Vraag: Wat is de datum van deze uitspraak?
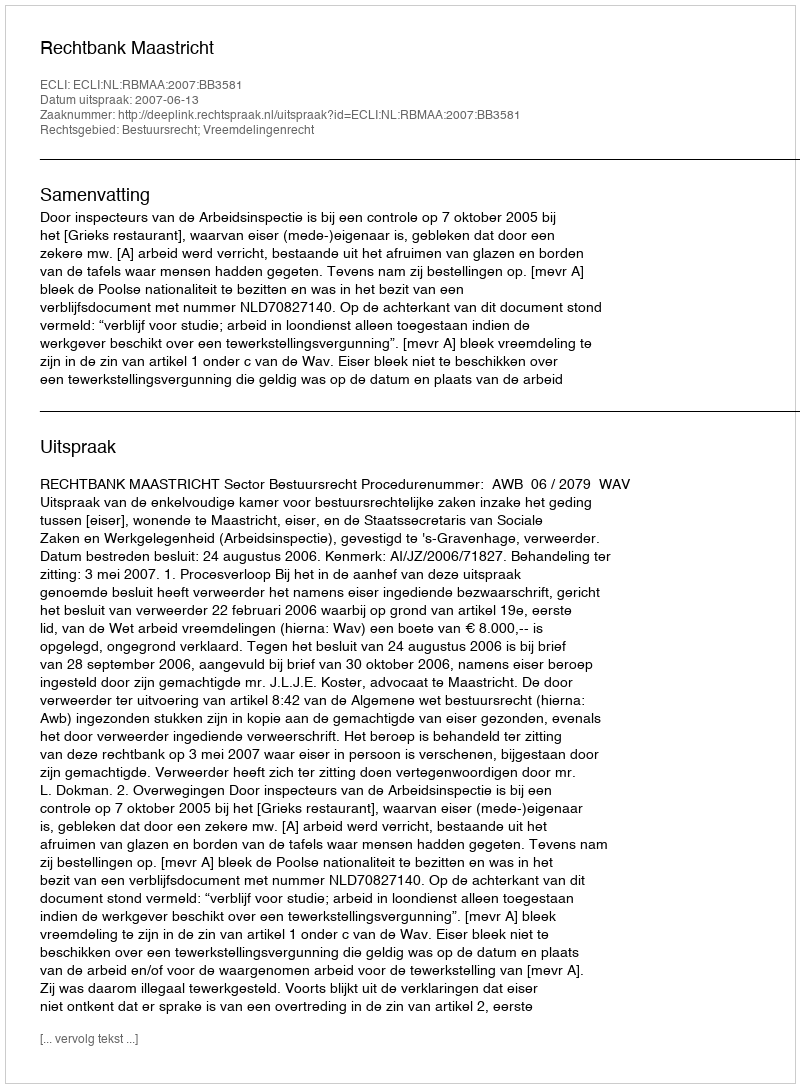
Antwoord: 2007-06-13